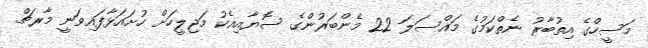
މަސީހްގެ އިތުބާރު ނެތްކަމުގެ މައްސަލަ 22 މެންބަރުންގެ ސޮޔާއިއެކު މަޖިލީހަށް ހުށައަޅާފައިވަނީ މާރޗް